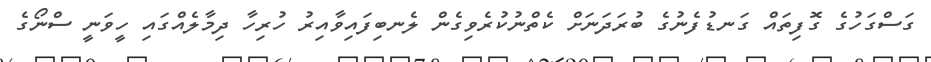
ގަސްގަހުގެ ގޮފިތައް ގަނޑުފެނުގެ ބުރަދަނަށް ކެތްނުކުރެވިގެން ލެނބިފައިވާއިރު ހުރިހާ ދިމާލެއްގައި ހީވަނީ ސްނޯގެ